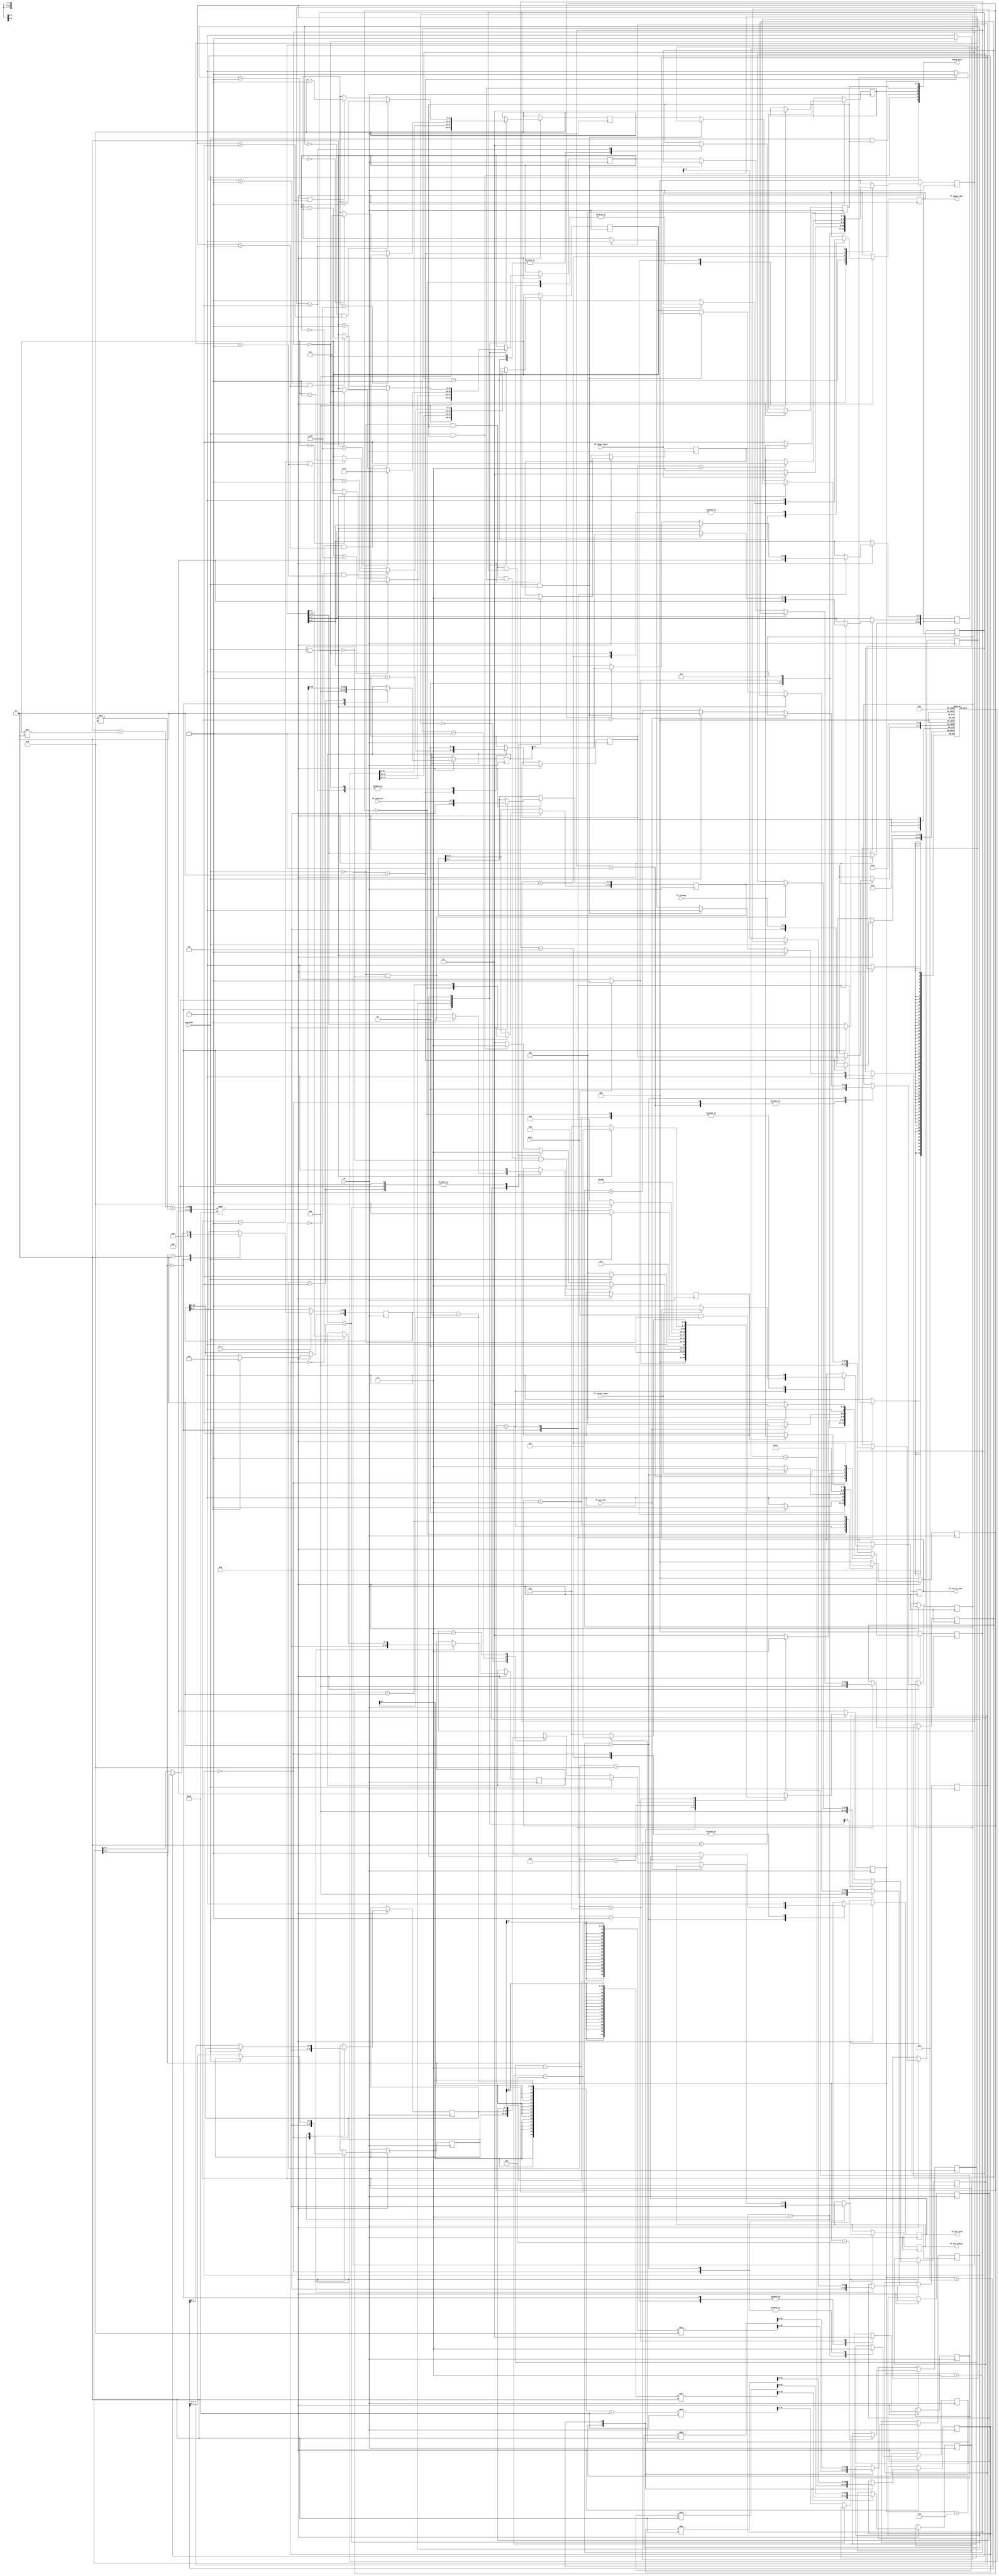
`timescale 1ns / 1ps

module sgpp #
    (
        parameter REG_WIDTH = 32,
        parameter FF_WIDTH = 8
    )
    (
        input clk,
        input rst_n,
        input start,
        input sgp_mode,
        // DEBUG
        output [REG_WIDTH-1 : 0] debug_data,
        // FIFO IMAGE IN
        input ff_image_empty,
        input [FF_WIDTH-1 : 0] ff_rdimage,
        output reg ff_image_rden,
        // FIFO SECRET IN
        input ff_secret_empty,
        input [FF_WIDTH-1 : 0] ff_rdsecret,
        output reg ff_secret_rden,
        // FIFO OUT
        input ff_out_full,
        output reg [FF_WIDTH-1 : 0] ff_out_wrdata,
        output reg ff_out_wren
    );
    
    integer i;
    
    // Data transfer
    reg [FF_WIDTH*2-1 : 0] image_data [2 : 0];
    reg [FF_WIDTH*2-1 : 0] secret_data;
    reg [FF_WIDTH*2-1 : 0] pixel [2 : 0];
    reg [FF_WIDTH*2-1 : 0] message;
    reg [FF_WIDTH-1 : 0] wrpixel [2 : 0];
    reg [FF_WIDTH-1 : 0] wrmessage;
    
    // Data signal
    reg imagevld;
    reg secretvld;
    reg rdimage;
    reg rdsecret;
    reg sgpvalid;
    reg rdsgp;
    
    // FSM
    localparam INIT = 3'd0;
    localparam RD_FF = 3'd1;
    localparam LD_FF = 3'd2;
    localparam WR_DATA = 3'd3;
    localparam VALID = 3'd4;
    
    // Reading Image Block
    reg [1:0] image_sel;
    reg [2:0] image_next;
    wire [2:0] image_state;
    
    assign image_state = image_next;
    
    always @(posedge clk) begin
        if (!rst_n)
            image_next <= INIT;
        else begin
            case (image_state)
            INIT: begin
                ff_image_rden <= 1'b0;
                image_sel <= 2'd0;
                for (i=0; i<3; i=i+1)
                    image_data[i] <= {(FF_WIDTH*2){1'b0}};
                imagevld <= 1'b0;
                if (start)
                    image_next <= RD_FF;
                else
                    image_next <= INIT;
            end
            RD_FF: begin
                imagevld <= 1'b0;
                if (ff_image_empty)
                    image_next <= RD_FF;
                else begin
                    ff_image_rden <= 1'b1;
                    image_next <= LD_FF;
                end
            end
            LD_FF: begin
                ff_image_rden <= 1'b0;
                image_next <= WR_DATA;
            end
            WR_DATA: begin
                image_data[image_sel][FF_WIDTH-1 : 0] <= ff_rdimage;
                image_sel <= image_sel + 1;
                if (image_sel == 2'd2)
                    image_next <= VALID;
                else
                    image_next <= RD_FF;
            end
            VALID: begin
                image_sel <= 2'd0;
                imagevld <= 1'b1;
                if (rdimage)
                    image_next <= RD_FF;
                else
                    image_next <= VALID;
            end
            default:
                image_next <= INIT;
            endcase
        end
    end
    
    // Reading Secret Block
    reg [2:0] secret_next;
    wire [2:0] secret_state;
    
    assign secret_state = secret_next;
    
    always @(posedge clk) begin
        if (!rst_n)
            secret_next <= INIT;
        else begin
            case (secret_state)
            INIT: begin
                ff_secret_rden <= 1'b0;
                secret_data <= {(FF_WIDTH*2){1'b0}};
                secretvld <= 1'b0;
                if (start & !sgp_mode)
                    secret_next <= RD_FF;
                else
                    secret_next <= INIT;
            end
            RD_FF: begin
                secretvld <= 1'b0;
                if (ff_secret_empty)
                    secret_next <= RD_FF;
                else begin
                    ff_secret_rden <= 1'b1;
                    secret_next <= LD_FF;
                end
            end
            LD_FF: begin
                ff_secret_rden <= 1'b0;
                secret_next <= WR_DATA;
            end
            WR_DATA: begin
                secret_data[FF_WIDTH-1 : 0] <= ff_rdsecret;
                secret_next <= VALID;
            end
            VALID: begin
                secretvld <= 1'b1;
                if (rdsecret)
                    secret_next <= RD_FF;
                else
                    secret_next <= VALID;
            end
            default:
                secret_next <= INIT;
            endcase
        end
    end
    
    // FSM
    localparam INITIAL = 4'd0;
    localparam WAIT = 4'd1;
    localparam LOAD = 4'd2;
    localparam PRE_PROCESS = 4'd3;
    localparam EXTRACT_FUNCTION = 4'd4;
    localparam DECISION = 4'd5;
    localparam F4_1 = 4'd6;
    localparam F4_2 = 4'd7;
    localparam EMBED = 4'd8;
    localparam DATA_OUT = 4'd9;
    localparam READY = 4'd10;
    
    // Processing data
    reg [FF_WIDTH*2-1 : 0] secret;
    reg [FF_WIDTH*2-1 : 0] image [2 : 0];
    reg [FF_WIDTH*2-1 : 0] res_f;
    reg [FF_WIDTH*2-1 : 0] res_s;
    reg [FF_WIDTH*2-1 : 0] res_secret;
    reg [FF_WIDTH*2-1 : 0] res_f4 [2 : 0];
    
    // Steganography block
    reg sgp_run;
    reg [3:0] sgp_next;
    wire [3:0] sgp_state;
    
    assign sgp_state = sgp_next;
    assign debug_data[3:0] = sgp_state;
    assign debug_data[4] = imagevld;
    assign debug_data[5] = secretvld;
    assign debug_data[6] = sgp_mode & imagevld;
    assign debug_data[7] = sgp_mode && imagevld;
    assign debug_data[8] = sgp_mode;
    
    always @(posedge clk) begin
        if (!rst_n)
            sgp_next <= INITIAL;
        else begin
            case (sgp_state)
            INITIAL: begin
                rdimage <= 1'b0;
                rdsecret <= 1'b0;
                sgpvalid <= 1'b0;
                sgp_run <= 1'b0;
                for (i=0; i<3; i=i+1) begin
                   image[i] <= {(FF_WIDTH*2){1'b0}};
                   pixel[i] <= {(FF_WIDTH*2){1'b0}};
                end
                secret <= {(FF_WIDTH*2){1'b0}};
                res_secret <= {(FF_WIDTH*2){1'b0}};
                res_f <= {(FF_WIDTH*2){1'b0}};
                message <= {(FF_WIDTH*2){1'b0}};
                if (start)
                    sgp_next <= WAIT;
                else
                    sgp_next <= INITIAL;
            end
            WAIT: begin
                sgpvalid <= 1'b0;
                if (!sgp_mode && imagevld && secretvld && !sgp_run)
                    sgp_next <= LOAD;
                else if (!sgp_mode && imagevld && sgp_run)
                    sgp_next <= LOAD;
                else if (sgp_mode && imagevld)
                    sgp_next <= LOAD;
                else
                    sgp_next <= WAIT;
            end
            LOAD: begin
                rdimage <= 1'b1;
                if (!sgp_mode && !sgp_run) begin
                    secret <= secret_data;
                    rdsecret <= 1'b1;
                end
                else
                    rdsecret <= 1'b0;
                for (i=0; i<3; i=i+1)
                   image[i] <= image_data[i];
                if (sgp_mode)
                    sgp_next <= EXTRACT_FUNCTION;
                else
                    sgp_next <= PRE_PROCESS;
            end
            PRE_PROCESS: begin
                rdimage <= 1'b0;
                rdsecret <= 1'b0;
                if (sgp_run)
                    res_secret[3:0] <= secret[3:0];
                else
                    res_secret[3:0] <= secret[7:4];
                for (i=0; i<3; i=i+1) begin
                    if (image[i] == 255)
                        image[i] <= 254;
                    else if (image[i] == 0)
                        image[i] <= 1;
                    else
                        image[i] <= image[i];
                end
                sgp_next <= EXTRACT_FUNCTION;
            end
            EXTRACT_FUNCTION: begin
                rdimage <= 1'b0;
                rdsecret <= 1'b0;
                res_f <= (image[0] + image[1] * 3 + image[2] * 9) % 27;
                if (sgp_mode) 
                    sgp_next <= DATA_OUT;
                else
                    sgp_next <= DECISION;
            end
            DECISION: begin
                if (res_f == res_secret)
                    sgp_next <= DATA_OUT;
                else begin
                    res_s <= ((res_secret - res_f) + 27) % 27;
                    sgp_next <= F4_1;
                end
            end
            F4_1: begin
                res_f4[0] <= (res_s - 1);
                res_f4[1] <= (res_s - 2) / 3;
                res_f4[2] <= (res_s - 5) / 9;
                sgp_next <= F4_2;
            end
            F4_2: begin
                for (i=0; i<3; i=i+1)
                    res_f4[i] <= res_f4[i] % 3;
                sgp_next <= EMBED;
            end
            EMBED: begin
                for (i=0; i<3; i=i+1) begin
                    if (res_f4[i] == 0 && res_s > (3**i - 1) / 2)
                        image[i] <= image[i] + 1;
                    else if (res_f4[i] == 1 && res_s > (3**i - 1) / 2)
                        image[i] <= image[i] - 1;
                    else
                        image[i] <= image[i];
                end
                sgp_next <= DATA_OUT;
            end
            DATA_OUT: begin
                if (sgp_mode && !sgp_run) begin
                    message[7:4] <= res_f[3:0];
                    sgp_run <= 1'b1;
                    sgp_next <= WAIT;
                end
                else if (sgp_mode && sgp_run) begin
                    message[3:0] <= res_f[3:0];
                    sgp_run <= 1'b0;
                    sgp_next <= READY;
                end    
                else if (!sgp_run) begin
                    sgp_run <= 1'b1;
                    for (i=0; i<3; i=i+1)
                        pixel[i] <= image[i];
                    sgp_next <= READY;
               end
               else begin
                    sgp_run <= 1'b0;
                    for (i=0; i<3; i=i+1)
                        pixel[i] <= image[i];
                    sgp_next <= READY;
               end
            end
            READY: begin
                sgpvalid <= 1'b1;
                if (rdsgp)
                    sgp_next <= WAIT;
                else
                    sgp_next <= READY; 
            end
            default:
                sgp_next <= INITIAL;
            endcase
        end
    end
    
    // FSM
    localparam RD_DATA = 3'd1;
    localparam LD_DATA = 3'd2;
    localparam WR_FF = 3'd3;
    localparam CK_FF = 3'd4;
    
    // Writing Block
    reg [1:0] out_sel;
    reg [2:0] out_next;
    wire [2:0] out_state;
    
    assign out_state = out_next;
    
    always @(posedge clk) begin
        if (!rst_n)
            out_next <= INIT;
        else begin
            case (out_state)
            INIT: begin
                ff_out_wren <= 1'b0;
                rdsgp <= 1'b0;
                out_sel <= 2'd0;
                ff_out_wrdata <= {(FF_WIDTH){1'b0}};
                wrmessage <= {(FF_WIDTH){1'b0}};
                for (i=0; i<3; i=i+1)
                    wrpixel[i] <= {(FF_WIDTH){1'b0}};
                if (start)
                    out_next <= RD_DATA;
                else
                    out_next <= INIT;
            end
            RD_DATA: begin
                out_sel <= 2'd0;
                if (sgpvalid)
                    out_next <= LD_DATA;
                else
                    out_next <= RD_DATA;
            end
            LD_DATA: begin
                rdsgp <= 1'b1;
                if (sgp_mode)
                    wrmessage <= message[FF_WIDTH-1 : 0];
                else
                    for (i=0; i<3; i=i+1)
                        wrpixel[i] <= pixel[i][FF_WIDTH-1 : 0];
                out_next <= WR_FF;
            end
            WR_FF: begin
                rdsgp <= 1'b0;
                if (ff_out_full)
                    out_next <= WR_FF;
                else if (sgp_mode) begin
                    ff_out_wren <= 1'b1;
                    ff_out_wrdata <= wrmessage;
                    out_sel <= 2'd3;
                    out_next <= CK_FF;
                end
                else begin
                    ff_out_wren <= 1'b1;
                    ff_out_wrdata <= wrpixel[out_sel];
                    out_sel <= out_sel + 1;
                    out_next <= CK_FF;
                end
            end
            CK_FF: begin
                ff_out_wren <= 1'b0;
                if (out_sel == 2'd3)
                    out_next <= RD_DATA;
                else
                    out_next <= WR_FF;
            end
            endcase
        end    
    end
    
endmodule